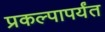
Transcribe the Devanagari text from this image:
प्रकल्पापर्यंत